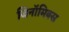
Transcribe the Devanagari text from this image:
जिनॉमिक्स